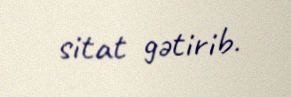
sitat gətirib.